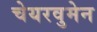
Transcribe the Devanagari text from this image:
चेयरवुमेन